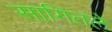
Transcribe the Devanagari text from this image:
सागितले